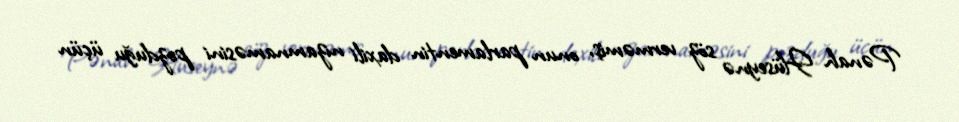
Pənah Hüseynə söz verməmiş, onun parlamentin daxili nizamnaməsini pozduğu üçün